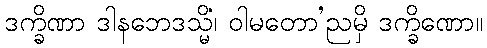
ဒက္ခိဏာ ဒါနဘေဒသ္မိံ၊ ဝါမတော’ညမှိ ဒက္ခိဏော။